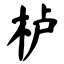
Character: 栌